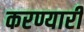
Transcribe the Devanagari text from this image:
करण्यारी